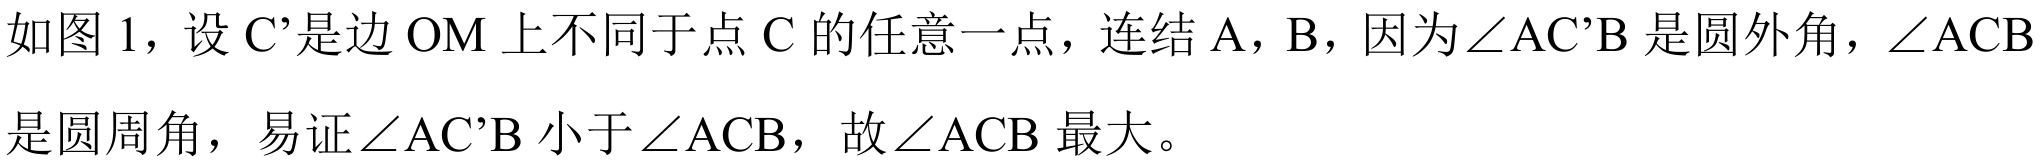
如图 1，设 C'是边 OM 上不同于点 C 的任意一点，连结 A，B，因为$\angle \mathrm{A}\mathrm{C}'\mathrm{B}$是圆外角，$\angle \mathrm{A}\mathrm{C}\mathrm{B}$是圆周角，易证$\angle \mathrm{A}\mathrm{C}'\mathrm{B}$小于$\angle \mathrm{A}\mathrm{C}\mathrm{B}$，故$\angle \mathrm{A}\mathrm{C}\mathrm{B}$最大。